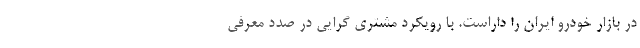
در بازار خودرو ایران را داراست. با رویکرد مشتری گرایی در صدد معرفی